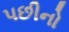
પછીનો